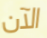
الآن